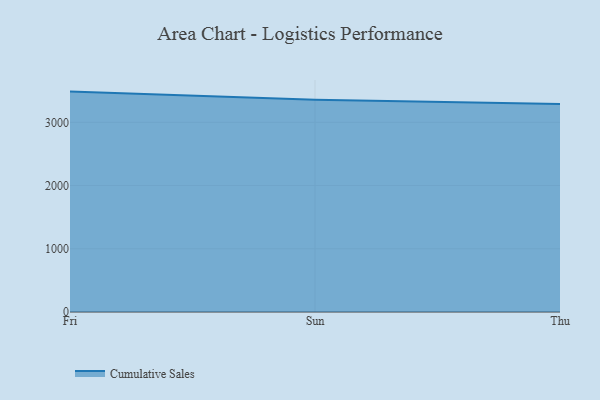
{"axis": {"x": "Day", "y": "Population (Million)"}, "legend": ["Cumulative Sales"], "data": [{"x": "Fri", "y": 3485.6, "type": "Cumulative Sales"}, {"x": "Sun", "y": 3355.6, "type": "Cumulative Sales"}, {"x": "Thu", "y": 3291.0, "type": "Cumulative Sales"}]}